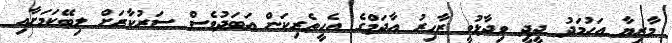
މާރިޔާ އަހުމަދު ދީދީ ވިދާޅުވީ ޒާހިރު އާދަމްގެ އެހީތެރިކަން އަބަދުވެސް ސަރުކާރަށް ލިބޭކަމަށާއި